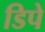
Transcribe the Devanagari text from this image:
डिपे